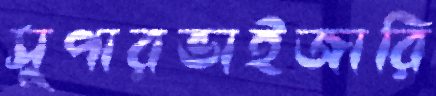
সুপারভাইজারি